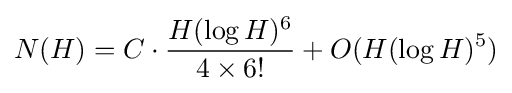
N(H)=C\cdot {\frac {H(\log H)^{6}}{4\times 6!}}+O(H(\log H)^{5})